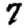
Digit: 7